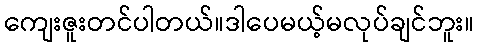
ကျေးဇူးတင်ပါတယ်။ဒါပေမယ့်မလုပ်ချင်ဘူး။